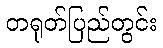
တရုတ်ပြည်တွင်း